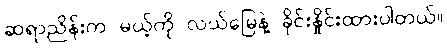
ဆရာညိန်းက မယ့်ကို လယ်မြေနဲ့ ခိုင်းနှိုင်းထားပါတယ်။